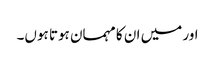
اور میں ان کا مہمان ہوتا ہوں۔